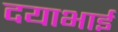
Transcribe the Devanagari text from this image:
दयाभाई